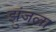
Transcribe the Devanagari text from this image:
झुंजला